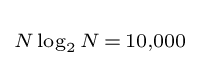
\scriptstyle N\log _{2}N\,=\,10,000